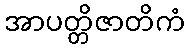
အာပတ္တိဇာတိကံ